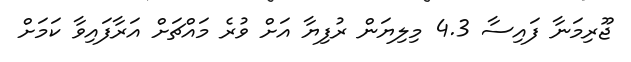
ޖޫރިމަނާ ފައިސާ 4.3 މިލިޔަން ރުފިޔާ އަށް ވުރެ މައްޗަށް އަރާފައިވާ ކަމަށް